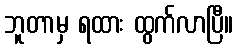
ဘူတာမှ ရထား ထွက်လာပြီ။